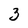
Character: 3